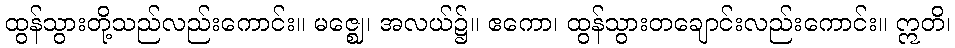
ထွန်သွားတို့သည်လည်းကောင်း။ မဇ္ဈေ၊ အလယ်၌။ ဧကော၊ ထွန်သွားတချောင်းလည်းကောင်း။ ဣတိ၊